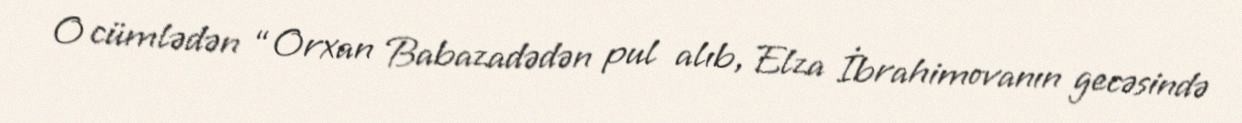
O cümlədən “Orxan Babazadədən pul alıb, Elza İbrahimovanın gecəsində